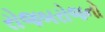
રોજબરોજનો